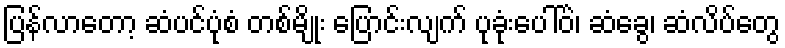
ပြန်လာတော့ ဆံပင်ပုံစံ တစ်မျိုး ပြောင်းလျက် ပုခုံးပေါ်ဝဲ၊ ဆံခွေ၊ ဆံလိပ်တွေ